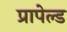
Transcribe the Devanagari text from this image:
प्रापेल्ड